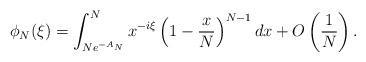
LaTeX: \begin{align*}\phi_N(\xi) = \int_{N e^{-A_N}}^N x^{-i \xi} \left(1 - \frac{x}{N} \right)^{N-1} dx + O\left(\frac{1}{N}\right).\end{align*}